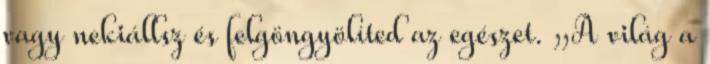
vagy nekiállsz és felgöngyölíted az egészet. „A világ a